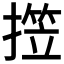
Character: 𱠭